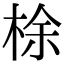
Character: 梌